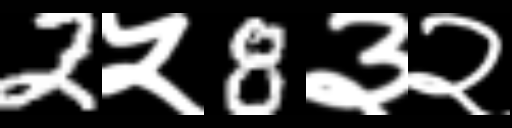
Text: 2५8३२